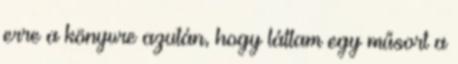
erre a könyvre azután, hogy láttam egy műsort a